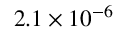
2 . 1 \times 1 0 ^ { - 6 }